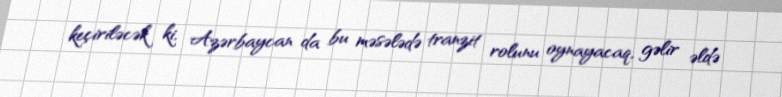
keçiriləcək ki, Azərbaycan da bu məsələdə tranzit rolunu oynayacaq, gəlir əldə